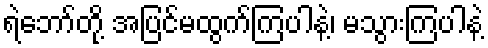
ရဲဘော်တို့ အပြင်မထွက်ကြပါနဲ့၊ မသွားကြပါနဲ့